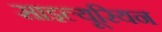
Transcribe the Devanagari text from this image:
साइल्यूरियन